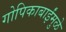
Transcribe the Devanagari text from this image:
गोपिकाबाईंमुळे